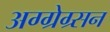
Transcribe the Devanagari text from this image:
अग्ग्रेग्र्सन